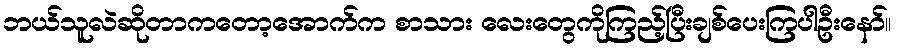
ဘယ်သူလဲဆိုတာကတော့အောက်က စာသား လေးတွေကိုကြည့်ပြီးချစ်ပေးကြပါဦးနော်။